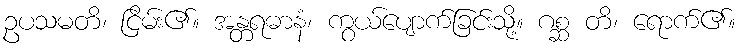
ဥပသမတိ၊ ငြိမ်း၏။ အန္တရဓာနံ၊ ကွယ်ပျောက်ခြင်းသို့။ ဂစ္ဆ တိ၊ ရောက်၏။